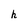
Character: h